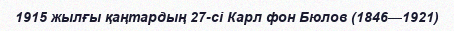
1915 жылғы қаңтардың 27-сі Карл фон Бюлов (1846—1921)